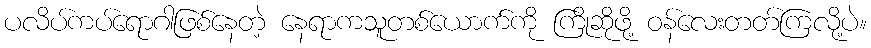
ပလိပ်ကပ်ရောဂါဖြစ်နေတဲ့ နေရာကသူတစ်ယောက်ကို ကြိုဆိုဖို့ ဝန်လေးတတ်ကြလို့ပဲ။